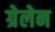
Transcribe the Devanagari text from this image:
ग्रेलेन